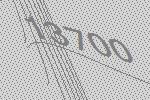
13700